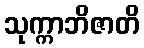
သုက္ကာဘိဇာတိ